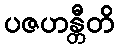
ပဇဟန္တီတိ